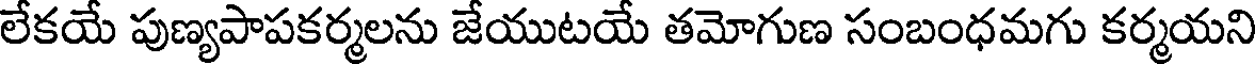
లేకయే పుణ్యపాపకర్మలను జేయుటయే తమోగుణ సంబంధమగు కర్మయని